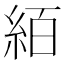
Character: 絔